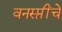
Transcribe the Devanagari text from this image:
वनस्प्तींचे